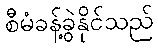
စီမံခန့်ခွဲနိုင်သည်